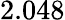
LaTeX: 2.048